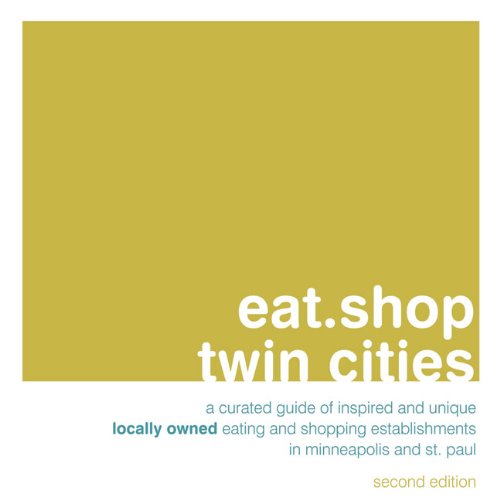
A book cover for eat.shop twin cities: A Curated Guide of Inspired and Unique Locally Owned Eating and Shopping Establishments in Minneapolis and St. Paul (eat.shop guides); Anna H. Blessing; Travel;